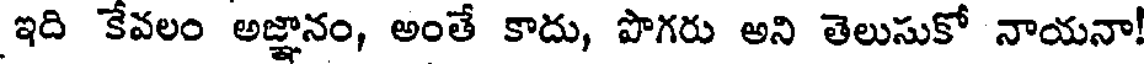
ఇది కేవలం అజ్ఞానం, అంతే కాదు, పొగరు అని తెలుసుకో నాయనా!